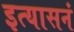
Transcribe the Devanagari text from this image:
इत्यासनं